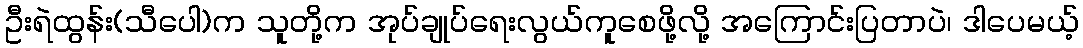
ဦးရဲထွန်း(သီပေါ)က သူတို့က အုပ်ချုပ်ရေးလွယ်ကူစေဖို့လို့ အကြောင်းပြတာပဲ၊ ဒါပေမယ့်